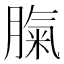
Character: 𦞝